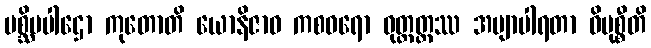
ပစ္ဆိမပါဌော ကုတောတိ ယောနိဇာဝ ကစဝရော ဝုတ္တတ္ထဿ အဗျာပါရတာ ဝိမုစ္စီတိ